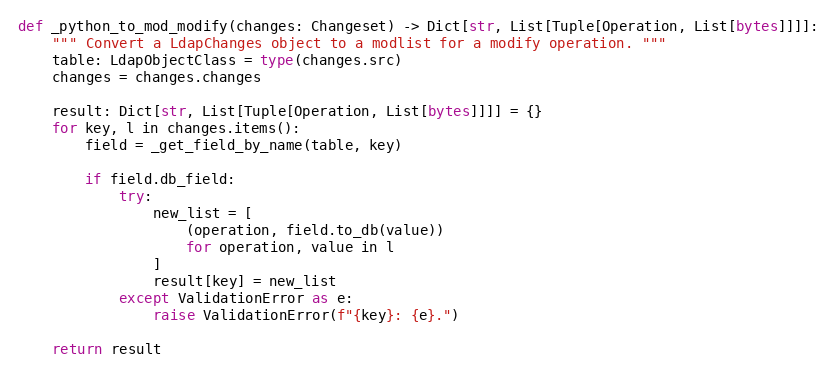
Language: Python
def _python_to_mod_modify(changes: Changeset) -> Dict[str, List[Tuple[Operation, List[bytes]]]]:
    """ Convert a LdapChanges object to a modlist for a modify operation. """
    table: LdapObjectClass = type(changes.src)
    changes = changes.changes

    result: Dict[str, List[Tuple[Operation, List[bytes]]]] = {}
    for key, l in changes.items():
        field = _get_field_by_name(table, key)

        if field.db_field:
            try:
                new_list = [
                    (operation, field.to_db(value))
                    for operation, value in l
                ]
                result[key] = new_list
            except ValidationError as e:
                raise ValidationError(f"{key}: {e}.")

    return result